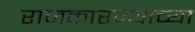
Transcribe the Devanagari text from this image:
राजकारण्याच्या